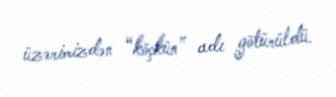
üzərimizdən “köçkün” adı götürüldü.